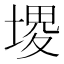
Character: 𰊐